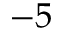
- 5